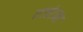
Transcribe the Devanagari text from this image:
एजंटना